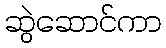
ဆွဲဆောင်ကာ